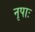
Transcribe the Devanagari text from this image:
नृपाः